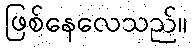
ဖြစ်နေလေသည်။